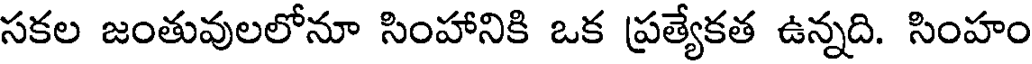
సకల జంతువులలోనూ సింహానికి ఒక ప్రత్యేకత ఉన్నది. సింహం